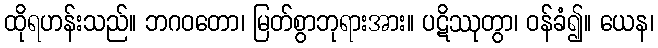
ထိုရဟန်းသည်။ ဘဂဝတော၊ မြတ်စွာဘုရားအား။ ပဋိဿုတွာ၊ ဝန်ခံ၍။ ယေန၊